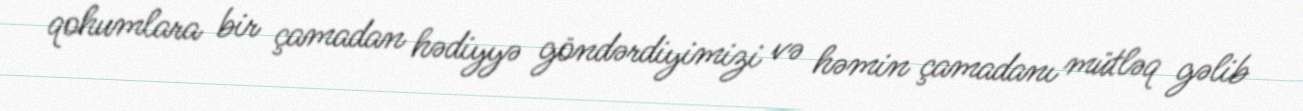
qohumlara bir çamadan hədiyyə göndərdiyimizi və həmin çamadanı mütləq gəlib